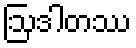
ဩဒါတဿ